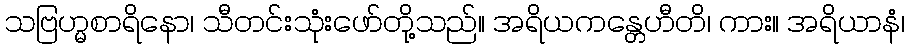
သဗြဟ္မစာရိနော၊ သီတင်းသုံးဖော်တို့သည်။ အရိယကန္တေဟီတိ၊ ကား။ အရိယာနံ၊